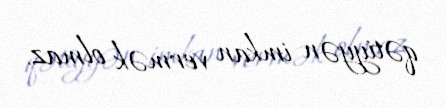
qətiyyən imkan vermək olmaz.